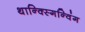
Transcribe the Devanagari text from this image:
थान्क्स्गिन्विंग